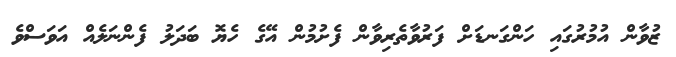
ޒުވާން އުމުރުގައި ހަންގަނޑަށް ފަރުވާތެރިވާން ފެށުމުން އޭގެ ހެޔޮ ބަދަލު ފެންނަލެއް އަވަސްވެ